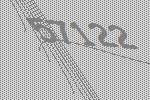
57122